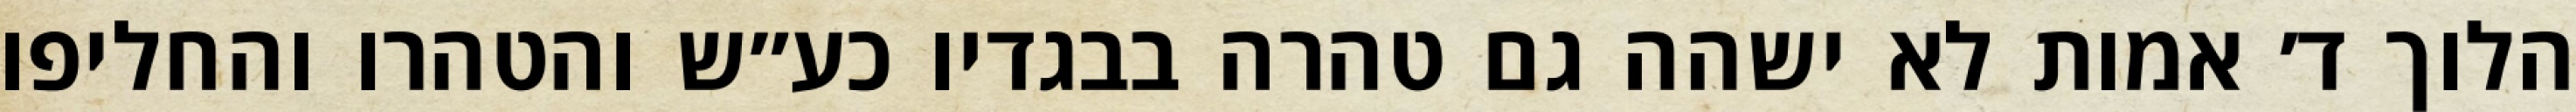
הלוך ד׳ אמות לא ישהה גם טהרה בבגדיו כע״ש והטהרו והחליפו